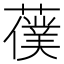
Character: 𦿍